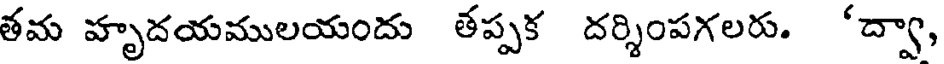
తమ హృదయములయందు తప్పక దర్శింపగలరు. 'ద్వా,